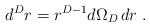
\begin{align*}d^{{D}} r = r^{{D}-1}d \Omega_{{D}} \, dr\; .\end{align*}